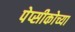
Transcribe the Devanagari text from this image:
पेप्सीकोच्या